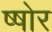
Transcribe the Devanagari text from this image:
ष्षोर